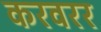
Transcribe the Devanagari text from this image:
करवरर